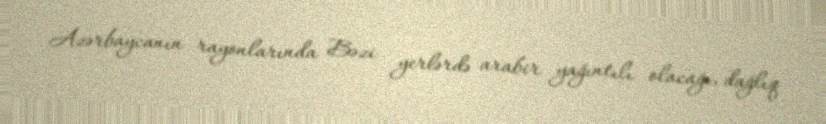
Azərbaycanın rayonlarında Bəzi yerlərdə arabir yağıntılı olacağı, dağlıq